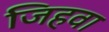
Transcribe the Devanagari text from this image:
जिहवा